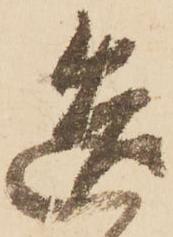
造